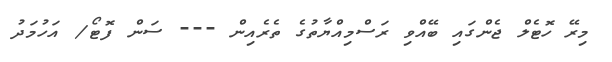
މިރޭ ހޮޓެލް ޖެންގައި ބޭއްވި ރަސްމިއްޔާތުގެ ތެރެއިން --- ސަން ފޮޓޯ/ އަހުމަދު